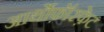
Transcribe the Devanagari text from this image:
आर्थोफ़ॉस्फ़ेट